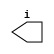
module generic_output #(
  parameter OW  = 1,    // output width
  parameter DS  = 1'b0, // default (off) state
  parameter DBG = 0     // debug output
)(
  output wire [ OW-1:0] i
);



////////////////////////////////////////
// logic                              //
////////////////////////////////////////

reg  [ OW-1:0] state_old = {OW{DS}};

always @ (i) begin
  if (i != state_old) begin
  if (DBG) $display ("BENCH : %M : %t : changing state from [%b] to [%b].", $time, state_old, i);
  state_old = #1 i;
  end
end



////////////////////////////////////////
// tasks                              //
////////////////////////////////////////

//// read ////
task read;
output [ OW-1:0] data;
begin
  data = state_old;
end
endtask



endmodule